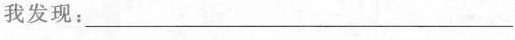
我发现：____